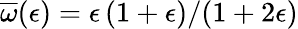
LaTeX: \overline{{\omega}}(\epsilon)=\epsilon\, (1+\epsilon)/(1+2\epsilon)